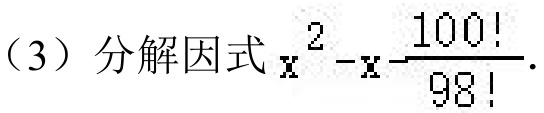
（3）分解因式 \(x^{2}-x - \dfrac{100!}{98!}\).